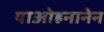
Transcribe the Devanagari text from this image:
याओहनानेन